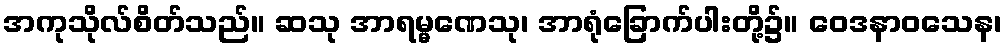
အကုသိုလ်စိတ်သည်။ ဆသု အာရမ္မဏေသု၊ အာရုံခြောက်ပါးတို့၌။ ဝေဒနာဝသေန၊